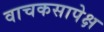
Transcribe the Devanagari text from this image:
वाचकसापेक्ष